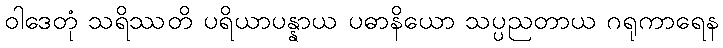
ဝါဒေတုံ သရိဿတိ ပရိယာပန္နာယ ပဓာနိယော သပ္ပညတာယ ဂရုကာရေန